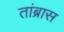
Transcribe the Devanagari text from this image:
तांब्रास